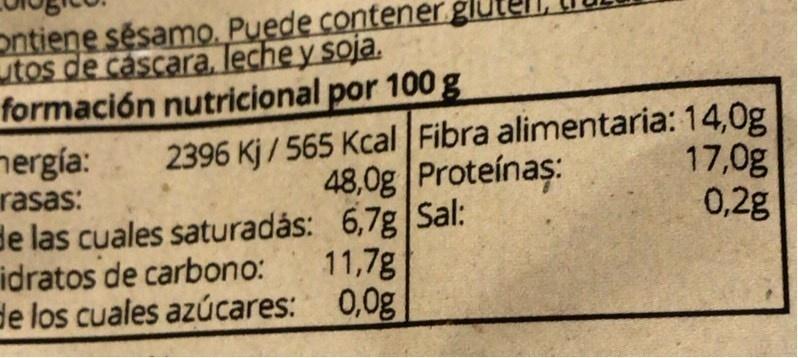
ontiene sésamo. Puede contener. utos de cáscara, leche y soja. formación nutricional por 100g nergía: rasas: de las cuales saturadás: 6,7g Sal: idratos de carbono: de los cuales azúcares: 0,0g
2396 Kj/ 565 Kcal Fibra alimentaria: 14,0g 17,0g
48,0g Proteínaș:
0,2g
11,7g